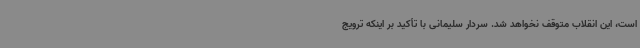
است، این انقلاب متوقف نخواهد شد. سردار سلیمانی با تأکید بر اینکه ترویج